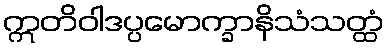
ဣတိဝါဒပ္ပမောက္ခာနိသံသတ္ထံ